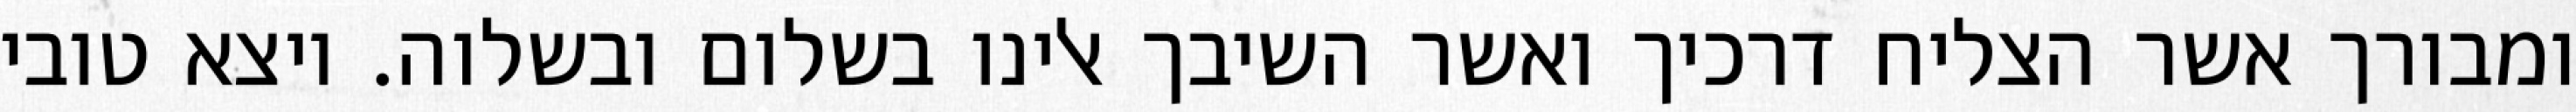
ומבורך אשר הצליח דרכיך ואשר השיבך אלינו בשלום ובשלוה. ויצא טובי